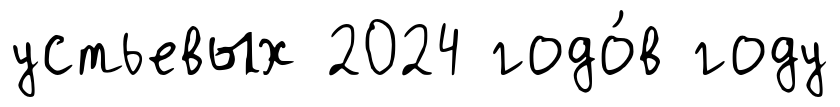
устьевых 2024 годо́в году